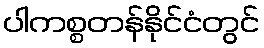
ပါကစ္စတန်နိုင်ငံတွင်